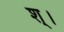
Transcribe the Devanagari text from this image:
श्।